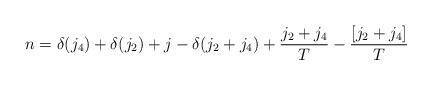
LaTeX: \begin{align*}&n=\delta(j_4)+\delta(j_2)+j-\delta(j_2+j_4)+\frac{j_2+j_4}{T}-\frac{[j_2+j_4]}{T}\end{align*}